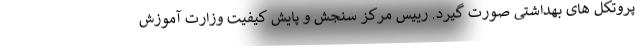
پروتکل های بهداشتی صورت گیرد. رییس مرکز سنجش و پایش کیفیت وزارت آموزش